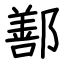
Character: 鄯